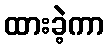
ထားခဲ့ကာ